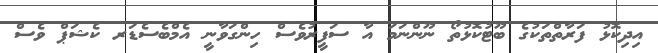
އިދިކޮޅު ފަރާތްތަކުގެ ބޫޓުކޮޅުތޯ ނޫންނަމަ އާ ސަފީރުވެސް ހިންގަވާނީ އެމްބެސެޑަރ ކެޝަޕް ވެސް